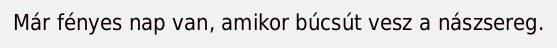
Már fényes nap van, amikor búcsút vesz a nászsereg.